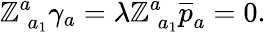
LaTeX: \mathbb{Z}_{\; a_{1}}^{a}\gamma_{a}=\lambda\mathbb{Z}_{\; a_{1}}^{a}\overline{{{{p}}}}_{a}=0.